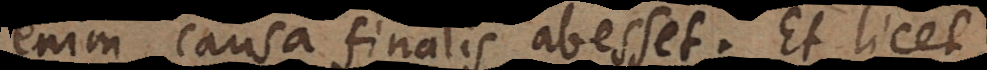
enim causa finalis abesset. Et licet